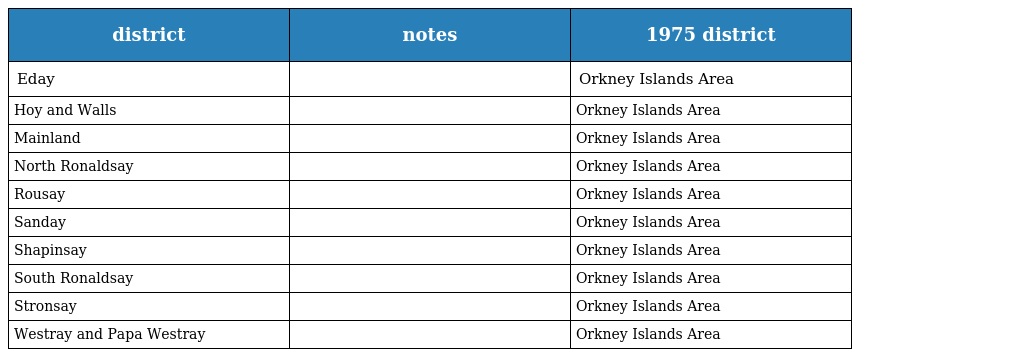
| district | notes | 1975 district |
 | --- | --- | --- |
 | Eday |  | Orkney Islands Area |
 | Hoy and Walls |  | Orkney Islands Area |
 | Mainland |  | Orkney Islands Area |
 | North Ronaldsay |  | Orkney Islands Area |
 | Rousay |  | Orkney Islands Area |
 | Sanday |  | Orkney Islands Area |
 | Shapinsay |  | Orkney Islands Area |
 | South Ronaldsay |  | Orkney Islands Area |
 | Stronsay |  | Orkney Islands Area |
 | Westray and Papa Westray |  | Orkney Islands Area |